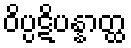
ဝိပ္ပဋိပန္နာတ္ထ